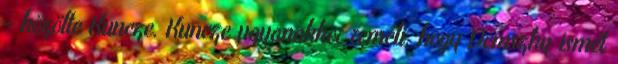
- közölte Kuncze. Kuncze ugyanakkor reméli, hogy Demszky ismét